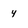
Character: 4